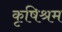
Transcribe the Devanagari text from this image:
कृषिश्रम